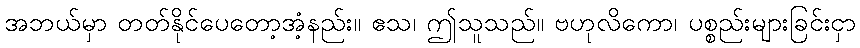
အဘယ်မှာ တတ်နိုင်ပေတော့အံ့နည်း။ ဧသ၊ ဤသူသည်။ ဗဟုလိကော၊ ပစ္စည်းများခြင်းငှာ